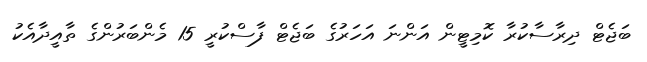
ބަޖެޓް ދިރާސާކުރާ ކޮމިޓީން އަންނަ އަހަރުގެ ބަޖެޓް ފާސްކުރީ 15 މެންބަރުންގެ ތާއީދާއެކު